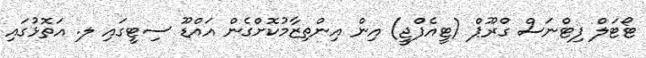
ޓޯޓަލް ފިޓްނަސް ގްރޫޕް (ޓީއެފްޖީ) އިން އިންތިޒާމުކޮށްގެން އައްޑޫ ސިޓީގައި ލ. އަތޮޅުގައި